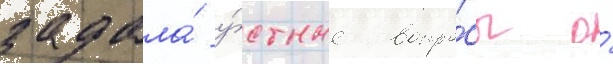
задала́ у́стные вопро́сы о́